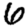
Digit: 6